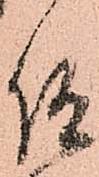
仰